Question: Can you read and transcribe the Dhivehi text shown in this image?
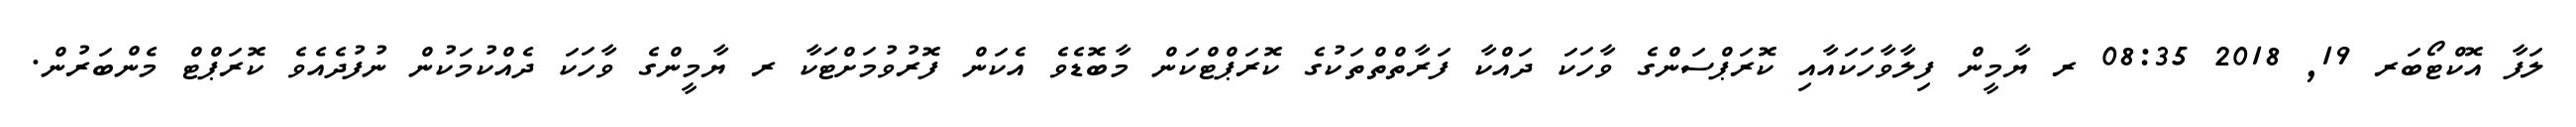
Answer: ލަފާ އޮކްޓޯބަރ 19, 2018 08:35 ރ ޔާމީން ފިލާވާހަކައާއި ކޮރަޕްސަންގެ ވާހަކަ ދައްކާ ފަރާތްތްތަކުގެ ކޮރަޕްޓްކަން މާބޮޑެވެ އެކަން ފޮރުވުމަށްޓަކާ ރ ޔާމީންގެ ވާހަކަ ދެއްކުމަކުން ނުފުދެއެވެ ކޮރަޕްޓް މެންބަރުން.